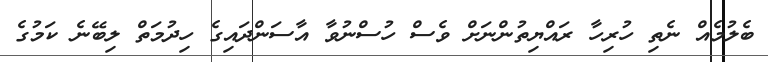
ބެލުމެއް ނެތި ހުރިހާ ރައްޔިތުންނަށް ވެސް ހުސްނުވާ އާސަންދައިގެ ހިދުމަތް ލިބޭނެ ކަމުގެ